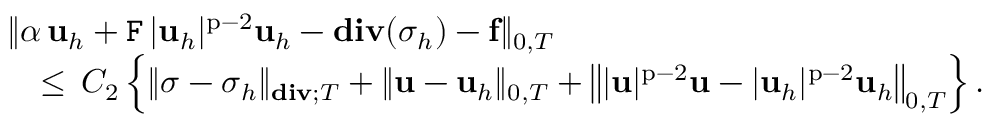
\begin{array} { l } { \displaystyle \| \alpha \, \mathbf { u } _ { h } + \mathtt { F } \, | \mathbf { u } _ { h } | ^ { \mathrm { p } - 2 } \mathbf { u } _ { h } - \mathbf { d i v } ( { \boldsymbol \sigma } _ { h } ) - \mathbf { f } \| _ { 0 , T } } \\ { \displaystyle \quad \leq \, C _ { 2 } \, \Big \{ \| { \boldsymbol \sigma } - { \boldsymbol \sigma } _ { h } \| _ { \mathbf { d i v } ; T } + \| \mathbf { u } - \mathbf { u } _ { h } \| _ { 0 , T } + \big \| | \mathbf { u } | ^ { \mathrm { p } - 2 } \mathbf { u } - | \mathbf { u } _ { h } | ^ { \mathrm { p } - 2 } \mathbf { u } _ { h } \big \| _ { 0 , T } \Big \} \, . } \end{array}